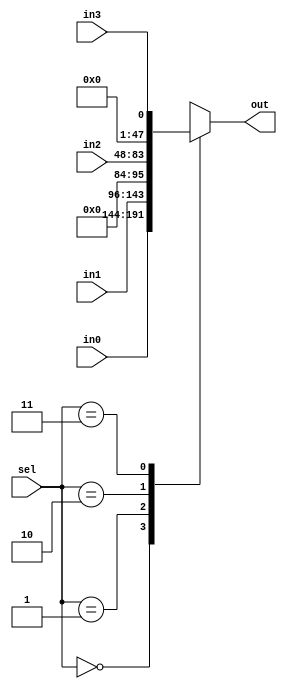
module X_Z_mux(in0,in1,in2,in3,sel,out);
parameter width_in0=48;
parameter width_in1=48;
parameter width_in2=36;
parameter width_in3=1 ;
parameter width_out=48;
/////////////////////////////
input [width_in0-1:0] in0;
input [width_in1-1:0] in1;
input [width_in2-1:0] in2;
input [width_in3-1:0] in3;
input [1:0] sel;
/////////////////////////////
output reg [width_out-1:0] out ;
/////////////////////////////
always @(*) begin
	case(sel)
  2'b00: out =in0;
  2'b01: out =in1;
  2'b10: out =in2;
  2'b11: out =in3;
	endcase 
end
endmodule